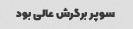
سوپر برگرش عالی بود